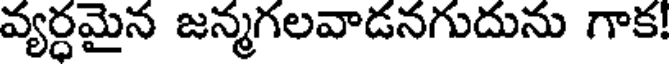
వ్యర్ధమైన జన్మగలవాడనగుదును గాక!